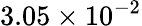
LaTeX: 3.05\times 10^{-2}